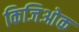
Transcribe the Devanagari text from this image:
किजिओक